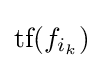
{\textstyle {\text{tf}}(f_{i_{k}})}